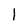
Character: 1